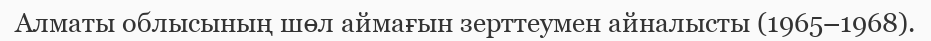
Алматы облысының шөл аймағын зерттеумен айналысты (1965–1968).